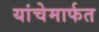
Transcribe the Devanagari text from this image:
यांचेमार्फत